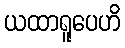
ယထာရူပေဟိ